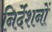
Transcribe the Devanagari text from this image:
निर्देशनों